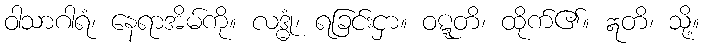
ဝါသာဂါရံ၊ နေရာအိမ်ကို။ လဒ္ဓုံ၊ ရခြင်းငှာ။ ဝဋ္ဋတိ၊ ထိုက်၏။ ဣတိ၊ သို့။